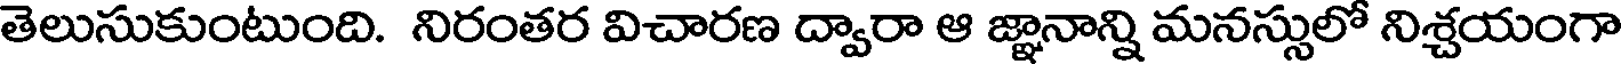
తెలుసుకుంటుంది. నిరంతర విచారణ ద్వారా ఆ జ్ఞానాన్ని మనస్సులో నిశ్చయంగా